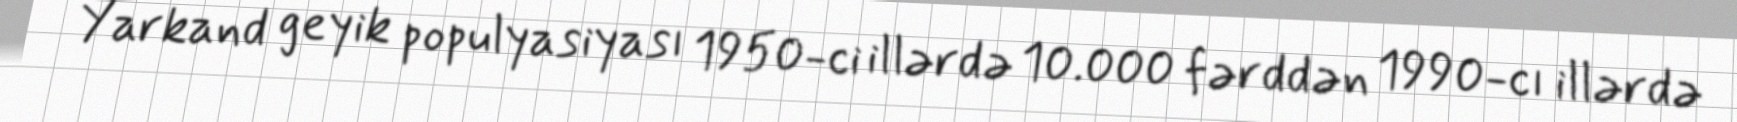
Yarkand geyik populyasiyası 1950-ci illərdə 10.000 fərddən 1990-cı illərdə